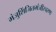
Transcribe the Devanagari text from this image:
मंजुशिंजितमंजीरचरणः